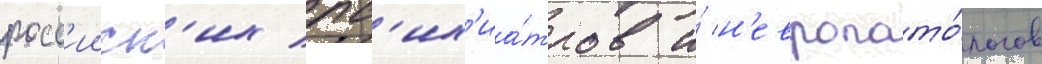
росс'ииск'их пс'их'иа́тров и́ н'европато́логов